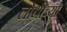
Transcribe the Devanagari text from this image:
लोधीच्या